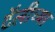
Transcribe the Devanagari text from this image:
टॅलीच्या